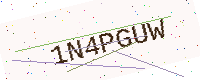
Text: 1N4PGUW